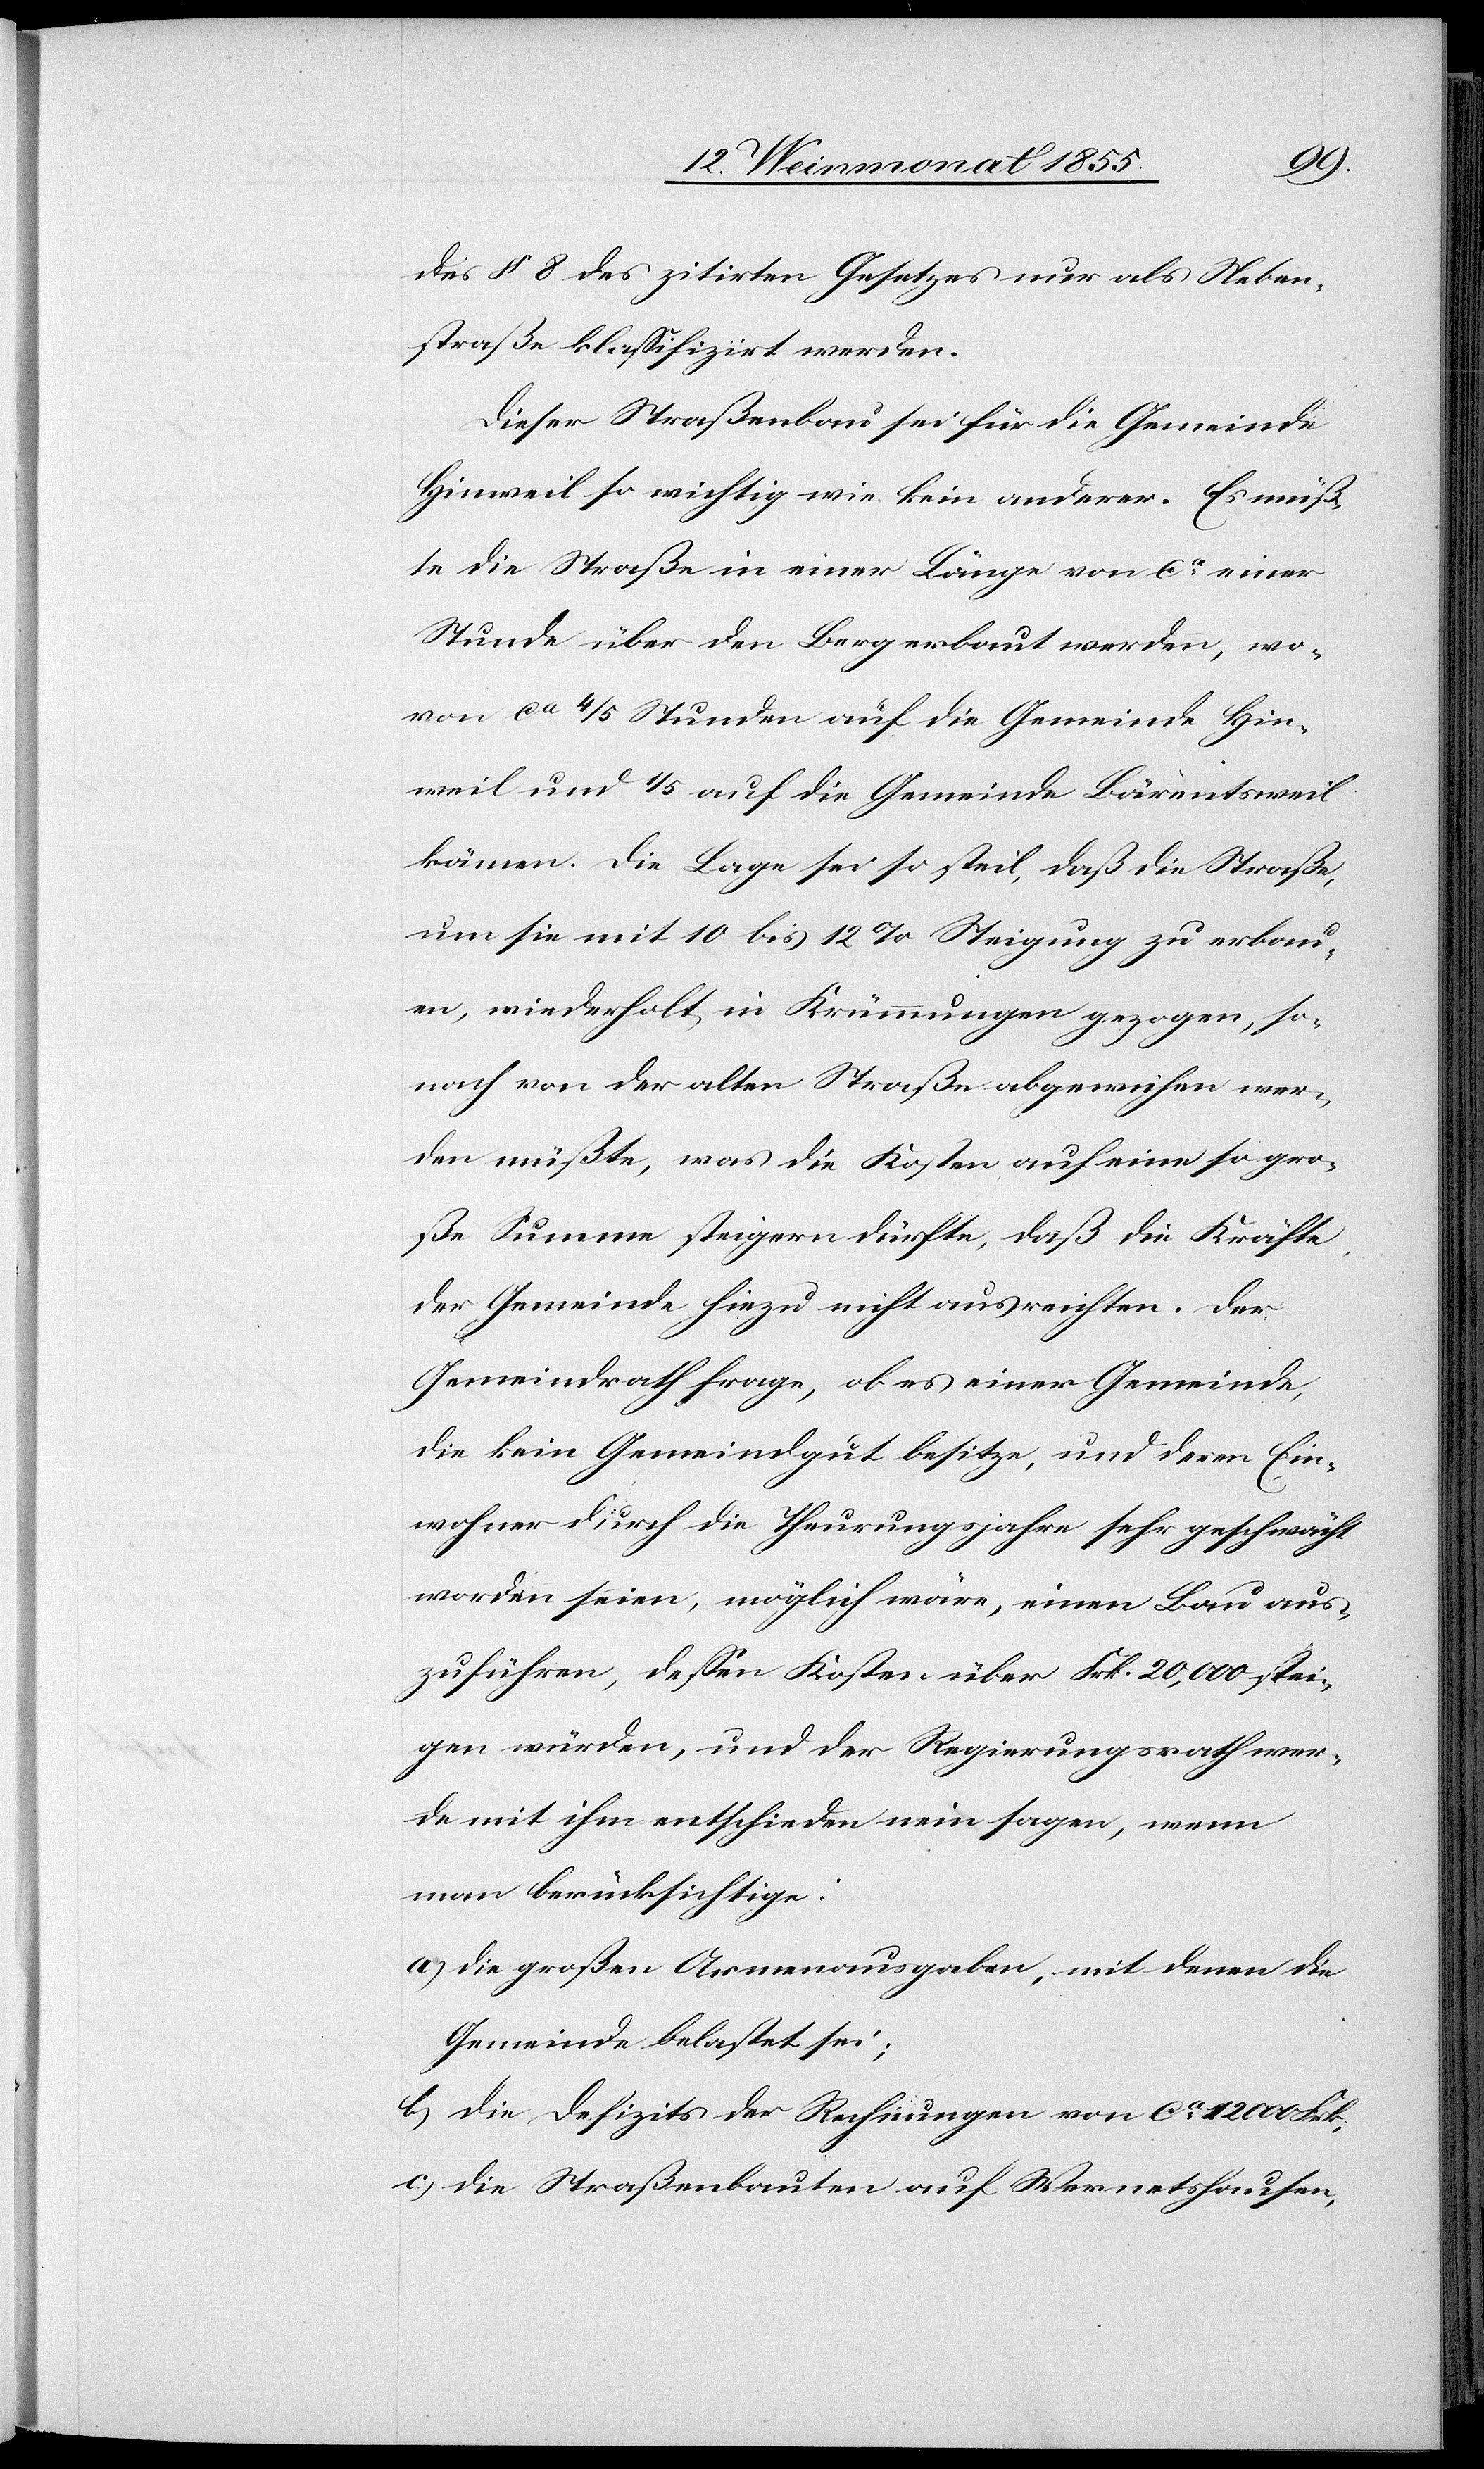
des § 8 des zitirten Gesetzes nur als Neben¬
straße klassifizirt werden.
Dieser Straßenbau sei für die Gemeinde
Hinweil so wichtig wie kein anderer. Es müß¬
te die Straße in einer Länge von ca einer
Stunde über den Berg erbaut werden, wo¬
von ca 4/5 Stunden auf die Gemeinde Hin¬
weil und 1/5 auf die Gemeinde Bärentsweil
kämen. Die Lage sei so steil, daß die Straße,
um sie mit 10 bis 12% Steigung zu erbau¬
en, wiederholt in Krümmungen gezogen, so¬
nach von der alten Straße abgewichen wer¬
den müßte, was die Kosten auf eine so gro¬
ße Summe steigern dürfte, daß die Kräfte
der Gemeinde hiezu nicht ausreichten. Der
Gemeindrath frage, ob es einer Gemeinde,
die kein Gemeindgut besitze, und deren Ein¬
wohner durch die Theurungsjahre sehr geschwächt
worden seien, möglich wäre, einen Bau aus¬
zuführen, dessen Kosten über Frk. 20,000 stei¬
gen würden, und der Regierungsrath wer¬
de mit ihm entschieden nein sagen, wenn
man berücksichtige:
die großen Armenausgaben, mit denen die
Gemeinde belastet sei;
die Defizits der Rechnungen von ca 12 000 Frk.;
die Straßenbauten auf Wernetshausen,